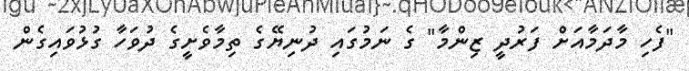
"ފެހި މާދަމާއަށް ފަރުދީ ޒިންމާ" ގެ ނަމުގައި ދުނިޔޭގެ ތިމާވެށީގެ ދުވަހާ ގުޅުވައިގެން